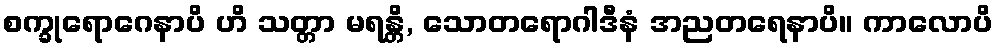
စက္ခုရောဂေနာပိ ဟိ သတ္တာ မရန္တိ, သောတရောဂါဒီနံ အညတရေနာပိ။ ကာလောပိ